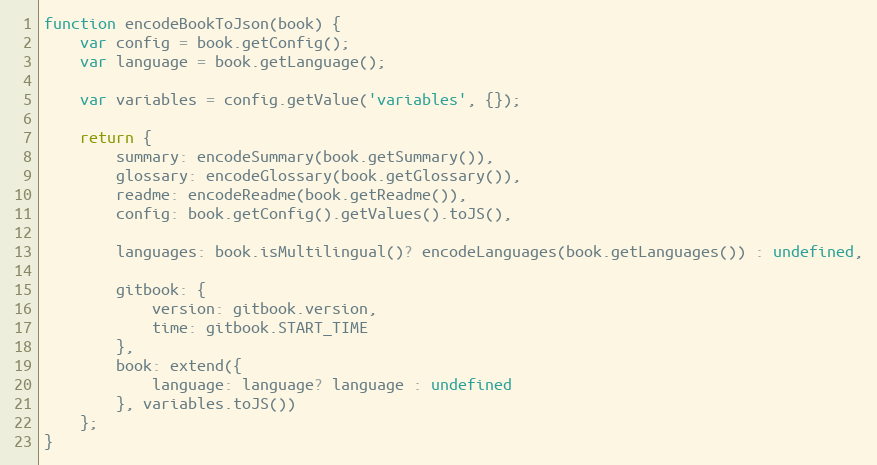
Language: JavaScript
function encodeBookToJson(book) {
    var config = book.getConfig();
    var language = book.getLanguage();

    var variables = config.getValue('variables', {});

    return {
        summary: encodeSummary(book.getSummary()),
        glossary: encodeGlossary(book.getGlossary()),
        readme: encodeReadme(book.getReadme()),
        config: book.getConfig().getValues().toJS(),

        languages: book.isMultilingual()? encodeLanguages(book.getLanguages()) : undefined,

        gitbook: {
            version: gitbook.version,
            time: gitbook.START_TIME
        },
        book: extend({
            language: language? language : undefined
        }, variables.toJS())
    };
}